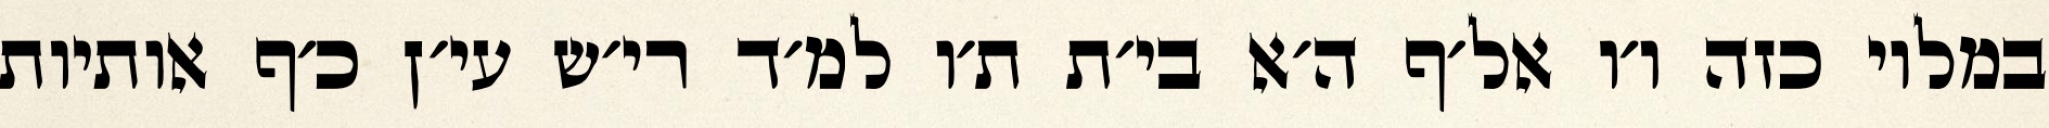
במלוי כזה ו׳ו אל׳ף ה׳א בי׳ת ת׳ו למ׳ד רי׳ש עי׳ן כ׳ף אותיות